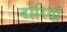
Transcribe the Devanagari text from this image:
डोरियाँ